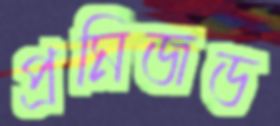
প্রমিজড